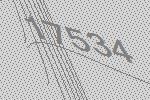
17534